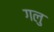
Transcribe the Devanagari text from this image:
गलु